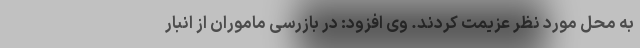
به محل مورد نظر عزیمت کردند. وی افزود: در بازرسی ماموران از انبار